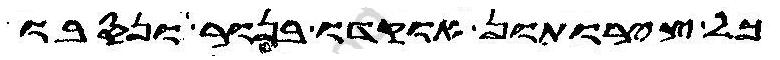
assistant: כל צירותון אוקדו בנור ונסבו